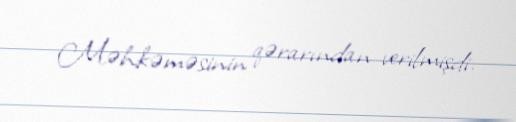
Məhkəməsinin qərarından verilmişdi.